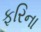
ફરિના